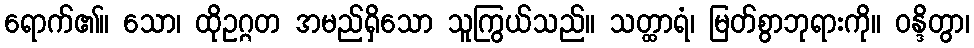
ရောက်၏။ သော၊ ထိုဥဂ္ဂတ အမည်ရှိသော သူကြွယ်သည်။ သတ္ထာရံ၊ မြတ်စွာဘုရားကို။ ဝန္ဒိတွာ၊